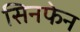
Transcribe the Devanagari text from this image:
सिनफेन